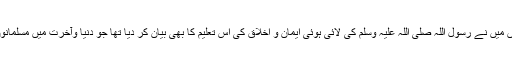
اس سے قبل اپنی تقریر میں میں نے رسول اللہ صلی اللہ علیہ وسلم کی لائی ہوئی ایمان و اخلاق کی اس تعلیم کا بھی بیان کر دیا تھا جو دنیا وآخرت میں مسلمانوں کی فلاح کی ضامن ہے۔